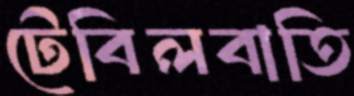
টেবিলবাতি